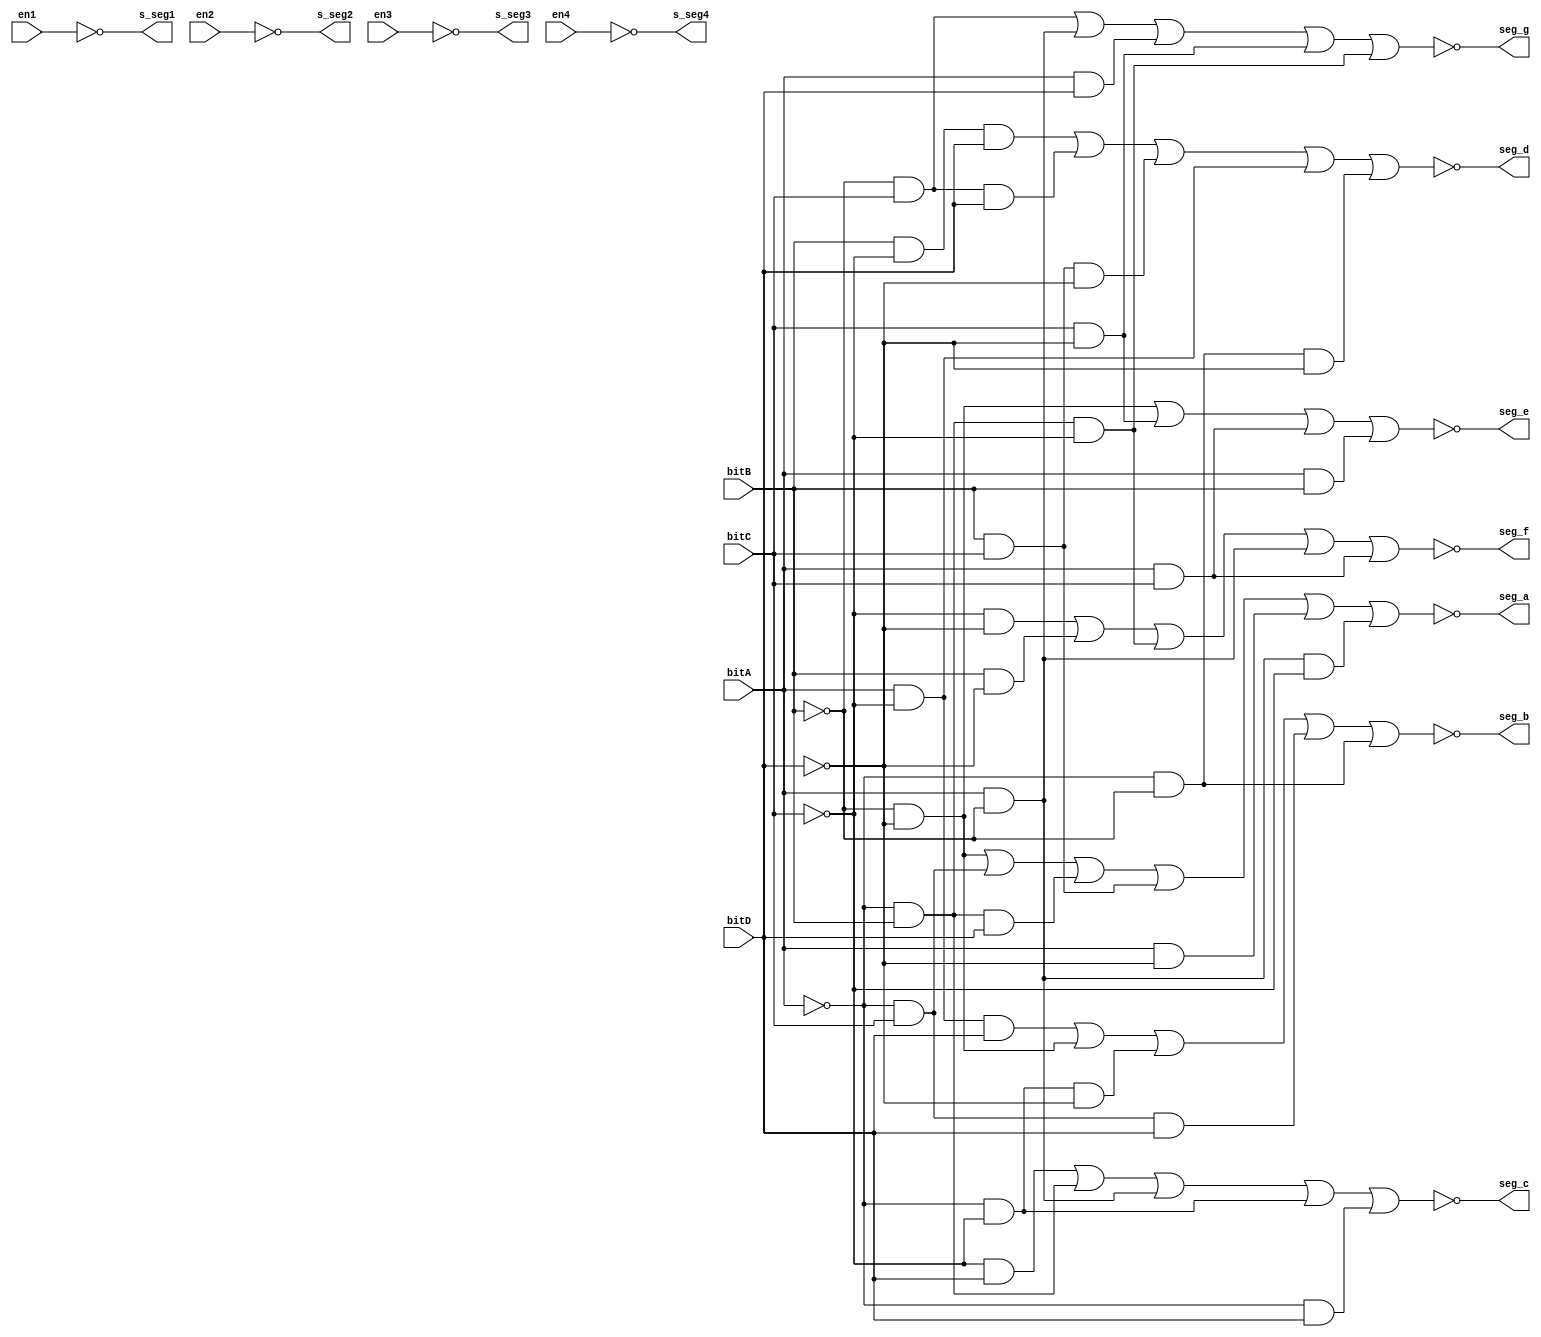
module siete_segmentos_principal(
    input wire bitA,
    input wire bitB,
    input wire bitC,
    input wire bitD,
	 input wire en1,
	 input wire en2,
	 input wire en3,
	 input wire en4,
    output seg_a,
    output seg_b,
    output seg_c,
    output seg_d,
    output seg_e,
    output seg_f,
    output seg_g,
	 output s_seg1,
	 output s_seg2,
	 output s_seg3,
	 output s_seg4
    );
	 
	 assign s_seg1 = !en1;
	 assign s_seg2 = !en2;
	 assign s_seg3 = !en3;
	 assign s_seg4 = !en4;
	 assign seg_a = !((!bitB&!bitD)|(!bitA&bitC)|(!bitA&bitB&bitD)|(bitB&bitC)|(bitA&!bitD)|(bitA&!bitB&!bitC));
	 assign seg_b = !((bitA&!bitC&bitD)|(!bitB&!bitD)|(!bitA&!bitC&!bitD)|(!bitA&bitC&bitD)|(!bitA&!bitB));
	 assign seg_c = !((!bitC&bitD)|(!bitA&bitB)|(bitA&!bitB)|(!bitA&!bitC)|(!bitA&bitD));
	 assign seg_d = !((bitB&!bitC&bitD)|(!bitB&bitC&bitD)|(bitB&bitC&!bitD)|(bitA&!bitC)|(!bitA&!bitB&!bitD));
	 assign seg_e = !((!bitB&!bitD)|(bitC&!bitD)|(bitA&bitC)|(bitA&bitB));
	 assign seg_f = !((!bitC&!bitD)|(bitB&!bitD)|(!bitA&bitB&!bitC)|(bitA&!bitB)|(bitA&bitC));
	 assign seg_g = !((!bitB&bitC)|(bitA&!bitB)|(bitA&bitD)|(bitC&!bitD)|(!bitA&bitB&!bitC));

endmodule